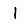
Digit: 1